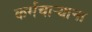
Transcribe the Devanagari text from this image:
कर्मचार्‍याना